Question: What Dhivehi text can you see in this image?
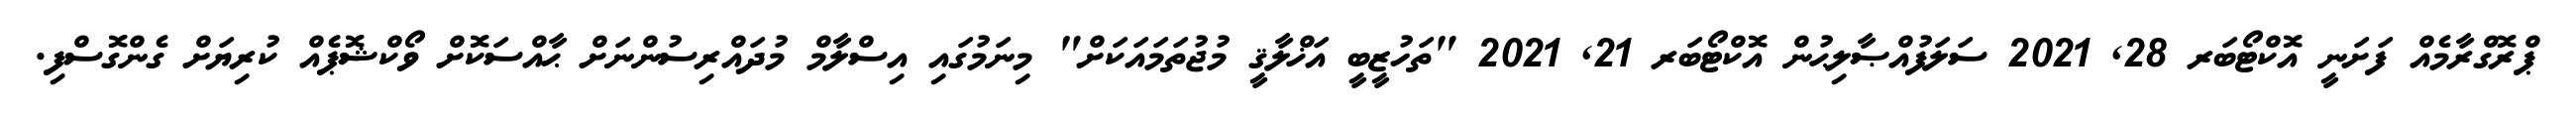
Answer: ޕްރޮގްރާމެއް ފަށަނީ އޮކްޓޯބަރ 28, 2021 ސަލަފުއްޞާލިޙުން އޮކްޓޯބަރ 21, 2021 "ތަހުޒީބީ އަޚްލާޤީ މުޖުތަމައަކަށް" މިނަމުގައި އިސްލާމް މުދައްރިސުންނަށް ޙާއްސަކޮށް ވޯކްޝޮޕެއް ކުރިޔަށް ގެންގޮސްފި.